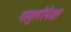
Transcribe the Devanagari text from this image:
गांगुलीपेक्षा